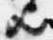
歟